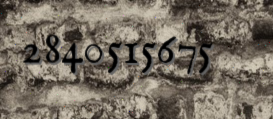
2840515675